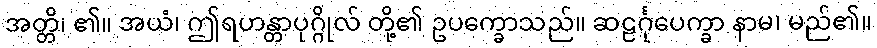
အတ္တိ၊ ၏။ အယံ၊ ဤရဟန္တာပုဂ္ဂိုလ် တို့၏ ဥပက္ခောသည်။ ဆဠင်္ဂုပေက္ခာ နာမ၊ မည်၏။